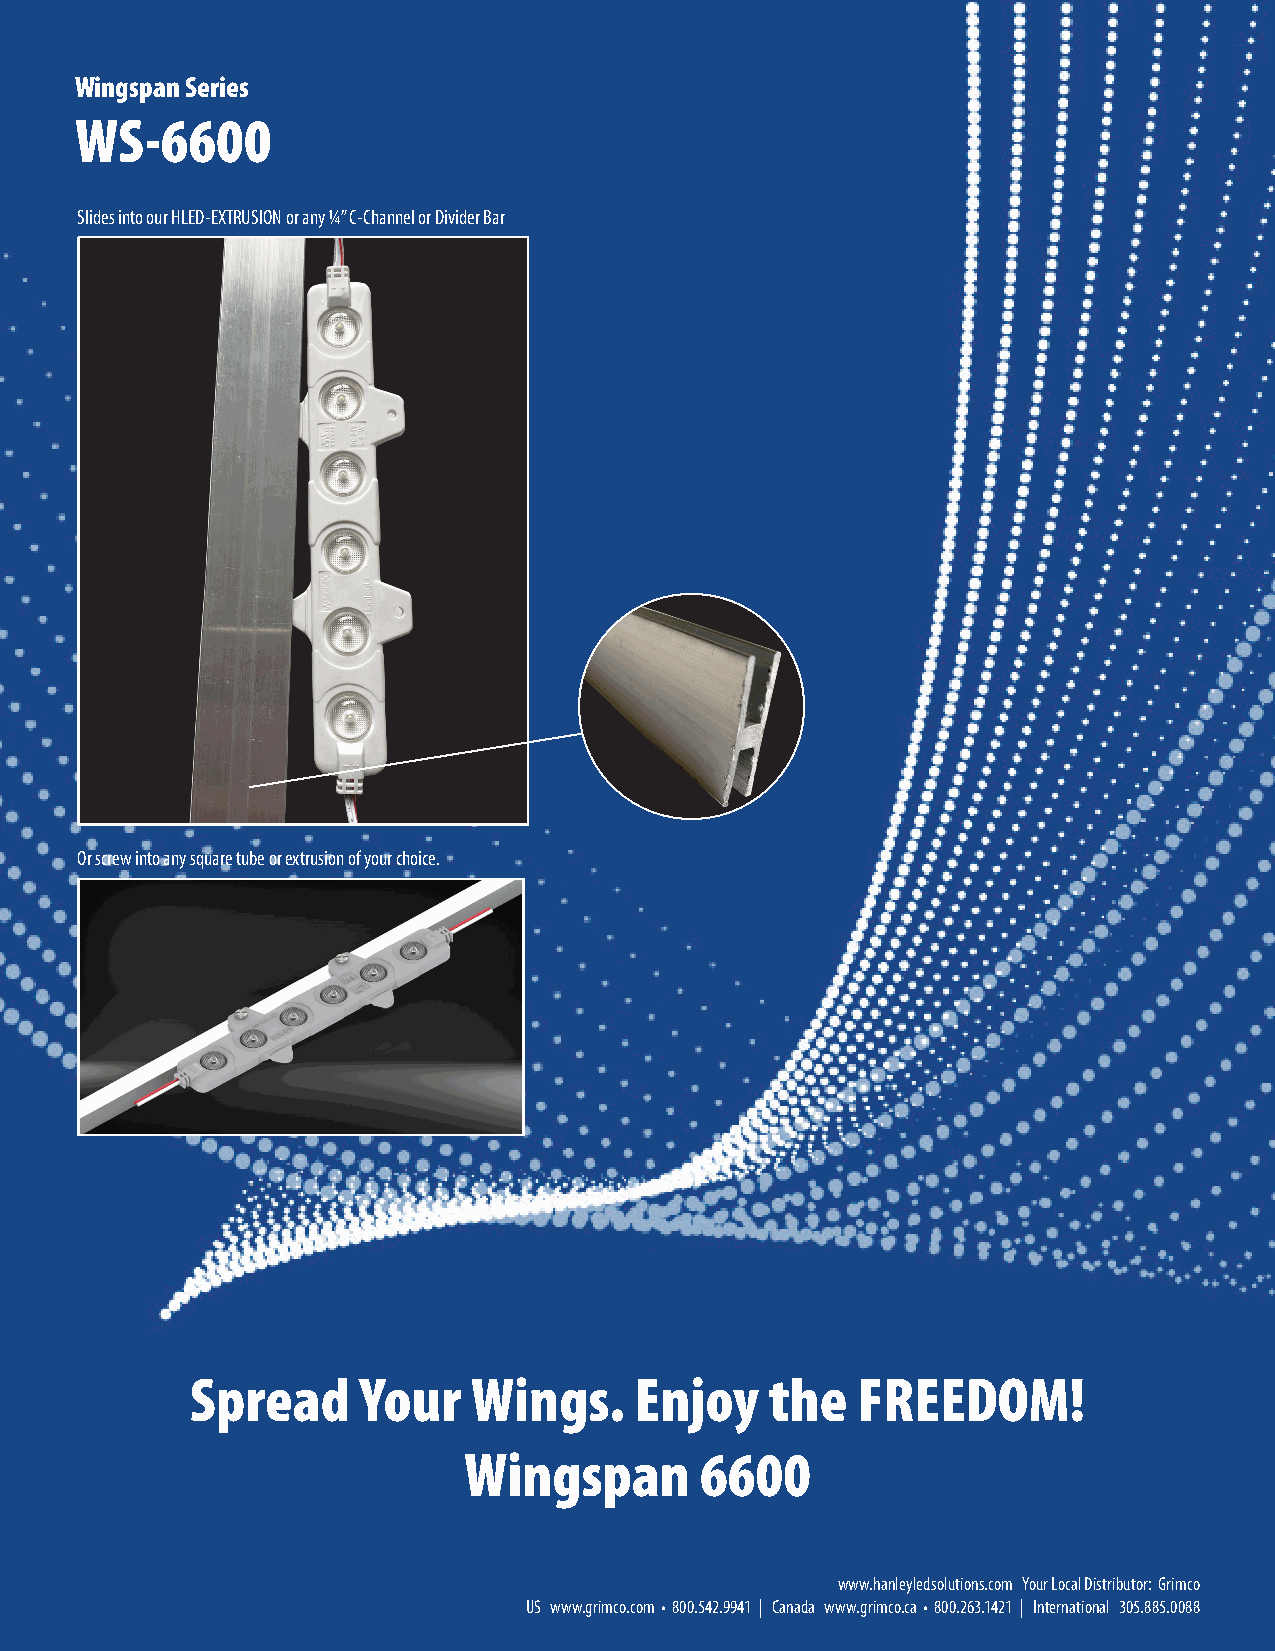
Wingspan Series
 WS-6600
 Slides into our HLED-EXTRUSION or any ¼” C-Channel or Divider Bar
 Or screw into any square tube or extrusion of your choice.
 Spread     Your   Wings.     Enjoy    the   FREEDOM!
 Wingspan       6600
 www.hanleyledsolutions.com Your Local Distributor: Grimco
 US www.grimco.com • 800.542.9941 | Canada www.grimco.ca • 800.263.1421 | International 305.885.0088